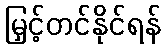
မြှင့်တင်နိုင်ရန်